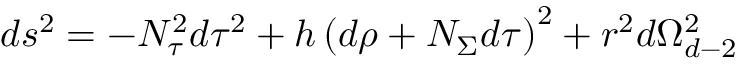
d s ^ { 2 } = - N _ { \tau } ^ { 2 } d \tau ^ { 2 } + h \left( d \rho + N _ { \Sigma } d \tau \right) ^ { 2 } + r ^ { 2 } d \Omega _ { d - 2 } ^ { 2 }